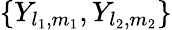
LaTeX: \{ Y_{l_{1},m_{1}},Y_{l_{2},m_{2}}\}